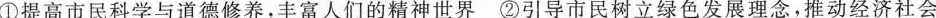
①提高市民科学与道德修养，丰富人们的精神世界②引导市民树立绿色发展理念，推动经济社会